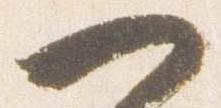
一